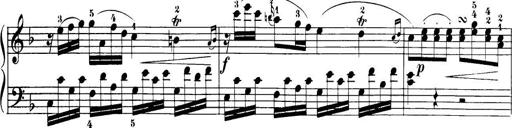
Title: 32 Sonatinas and Rondos for the Piano
Composer: Richard Kleinmichel